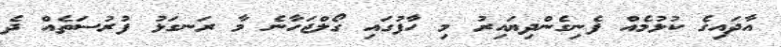
އާދައިގެ ކުޅުމެއް ފެނިގެންދިޔައިރު މި ހާފުގައި ގޯލްޖަހާނެ މާ ރަނގަޅު ފުރުސަތެއް ދެ